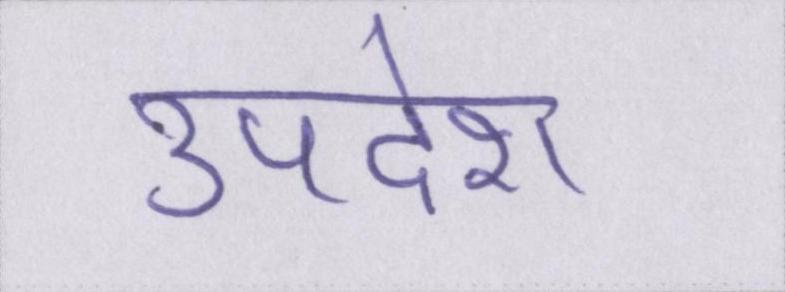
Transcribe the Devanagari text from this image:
उपदेश